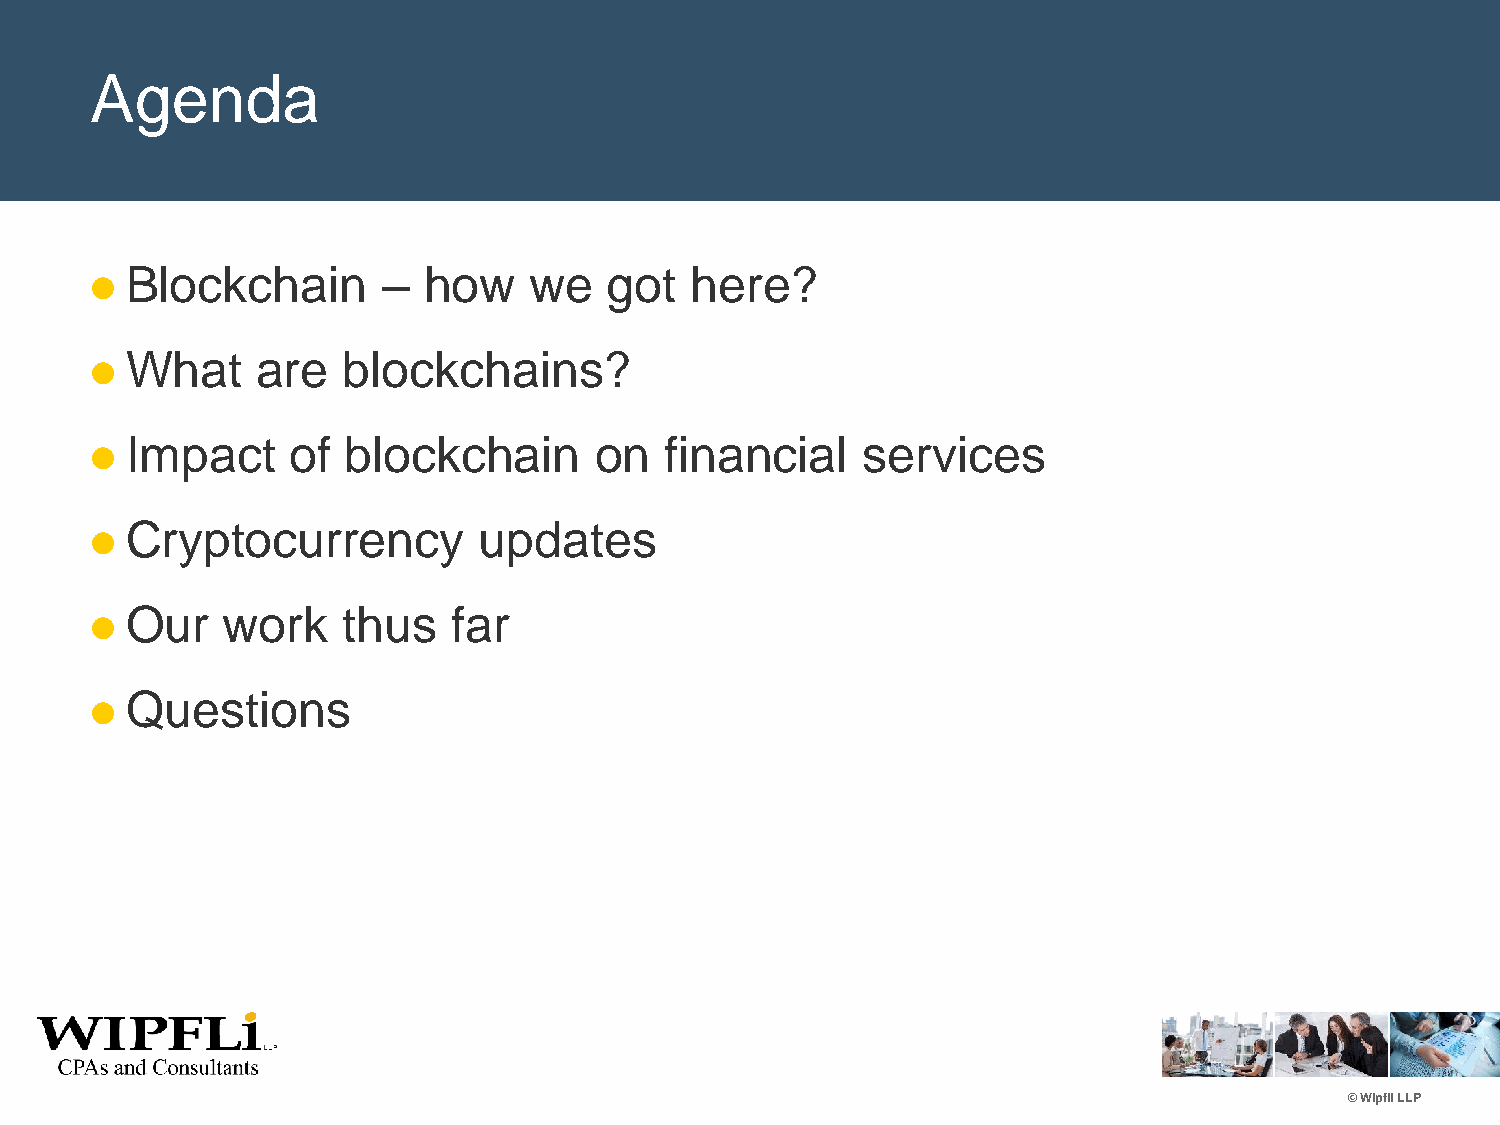
Agenda
 Blockchain       –  how    we   got   here?
 
 What     are   blockchains?
 
 Impact     of  blockchain      on   financial    services
 
 Cryptocurrency          updates
 
 Our    work    thus   far
 
 Questions
 
 © Wipfli LLP